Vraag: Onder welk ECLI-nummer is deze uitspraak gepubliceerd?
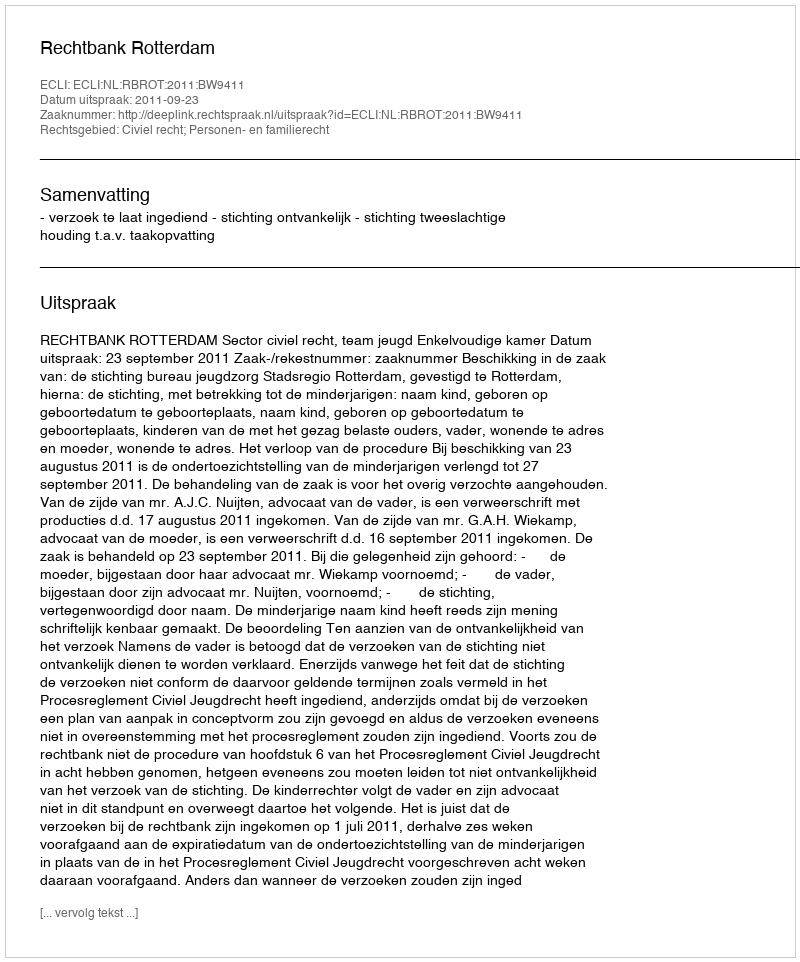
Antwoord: ECLI:NL:RBROT:2011:BW9411